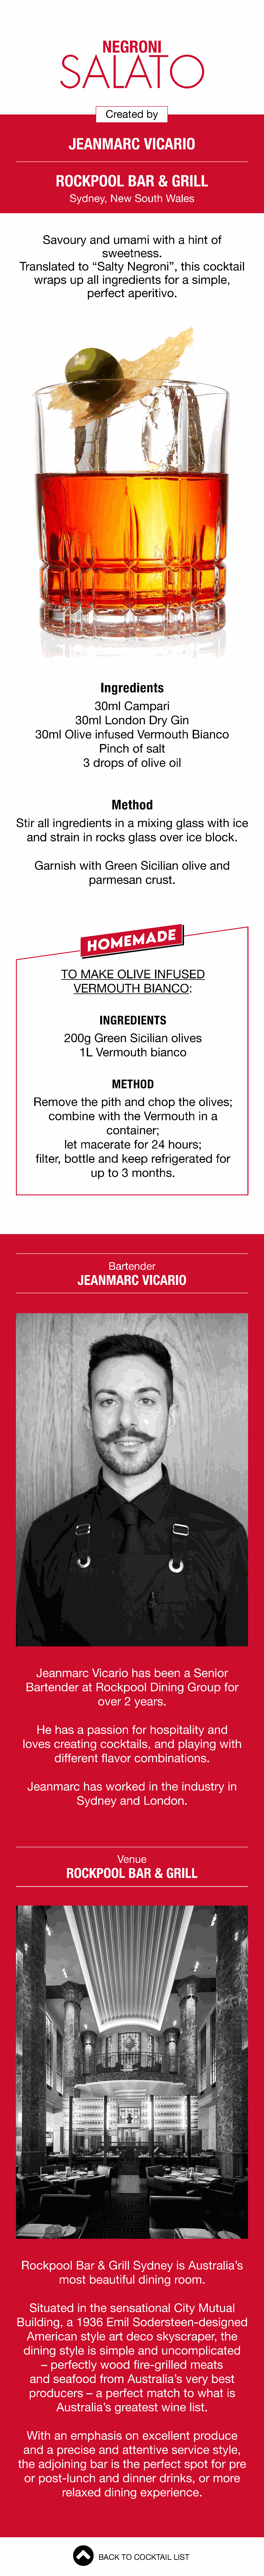
NEGRONI
 SALATO
 Created      by
 JEANMARC                VICARIO
 ROCKPOOL               BAR      &   GRILL
 Sydney,     New     South     Wales
 Savoury        and    umami        with   a  hint    of
 sweetness.
 Translated        to   “Salty     Negroni”,       this   cocktail
 wraps      up   all  ingredients        for   a  simple,
 perfect      aperitivo.
 Ingredients
 30ml      Campari
 30ml      London       Dry    Gin
 30ml     Olive     infused      Vermouth         Bianco
 Pinch     of   salt
 3  drops      of  olive    oil
 Method
 Stir   all ingredients         in  a  mixing      glass    with    ice
 and     strain    in  rocks     glass     over    ice   block.
 Garnish       with    Green      Sicilian     olive   and
 parmesan         crust.
 TO    MAKE       OLIVE       INFUSED
 VERMOUTH              BIANCO:
 INGREDIENTS
 200g     Green      Sicilian     olives
 1L   Vermouth         bianco
 METHOD
 Remove         the   pith    and    chop      the   olives;
 combine         with   the    Vermouth         in  a
 container;
 let  macerate         for  24   hours;
 filter,  bottle     and    keep     refrigerated        for
 up    to  3  months.
 Bartender
 JEANMARC            VICARIO
 Jeanmarc          Vicario     has    been     a  Senior
 Bartender         at  Rockpool         Dining     Group       for
 over     2  years.
 He    has    a  passion       for   hospitality       and
 loves     creating      cocktails,       and    playing      with
 different      flavor    combinations.
 Jeanmarc          has    worked       in  the   industry       in
 Sydney       and     London.
 Venue
 ROCKPOOL           BAR     &   GRILL
 Rockpool         Bar   &   Grill  Sydney        is  Australia’s
 most      beautiful      dining     room.
 Situated       in  the   sensational         City    Mutual
 Building,       a  1936     Emil    Sodersteen-designed
 American         style    art  deco      skyscraper,         the
 dining     style    is  simple      and    uncomplicated
 –  perfectly      wood       fire-grilled     meats
 and     seafood       from     Australia’s       very    best
 producers         –  a  perfect      match      to  what      is
 Australia’s       greatest      wine     list.
 With     an   emphasis         on   excellent       produce
 and     a  precise      and    attentive      service      style,
 the   adjoining       bar    is the    perfect     spot     for  pre
 or   post-lunch         and    dinner      drinks,     or  more
 relaxed      dining      experience.
 BACK   TO  COCKTAIL    LIST